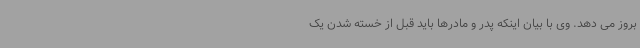
بروز می دهد. وی با بیان اینکه پدر و مادرها باید قبل از خسته شدن یک